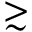
\stackrel { \textstyle > } { \sim }